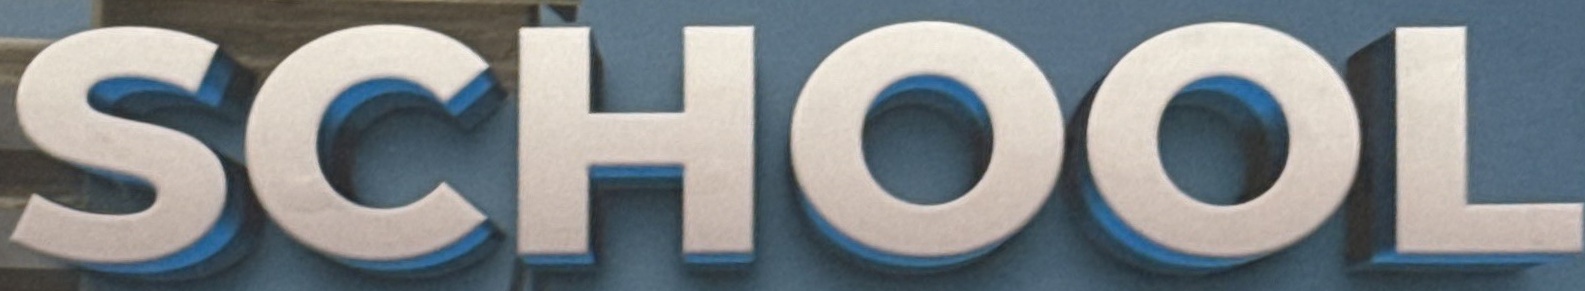
SCHOOL